Leaving Certificate Examination (including Day School Certificate (Higher) General paper), 1934
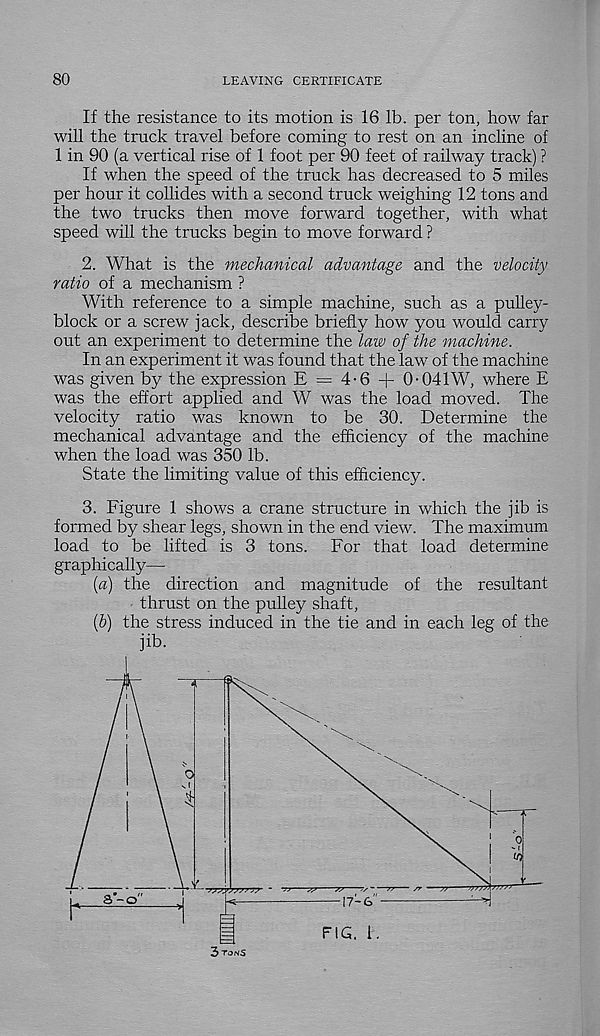
80
LEAVING CERTIFICATE
If the resistance to its motion is 16 lb. per ton, how far
will the truck travel before coming to rest on an incline of
1 in 90 (a vertical rise of 1 foot per 90 feet of railway track) ?
If when the speed of the truck has decreased to 5 miles
per hour it collides with a second truck weighing 12 tons and
the two trucks then move forward together, with what
speed will the trucks begin to move forward ?
2. What is the mechanical advantage and the velocity
ratio of a mechanism ?
With reference to a simple machine, such as a pulley-
block or a screw jack, describe briefly how you would carry
out an experiment to determine the law of the machine.
In an experiment it was found that the law of the machine
was given by the expression E = 4-6 -f ()• 041W, where E
was the effort applied and W was the load moved. The
velocity ratio was known to be 30. Determine the
mechanical advantage and the efficiency of the machine
when the load was 350 lb.
State the limiting value of this efficiency.
3. Figure 1 shows a crane structure in which the jib is
formed by shear legs, shown in the end view. The maximum
load to be lifted is 3 tons. For that load determine
graphically—
[a) the direction and magnitude of the resultant
thrust on the pulley shaft,
(&) the stress induced in the tie and in each leg of the
jib.
FIG. i.